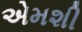
એમશી